Report on vaccination in Madras 1904-1921 - 1904-1921
Year: 1904
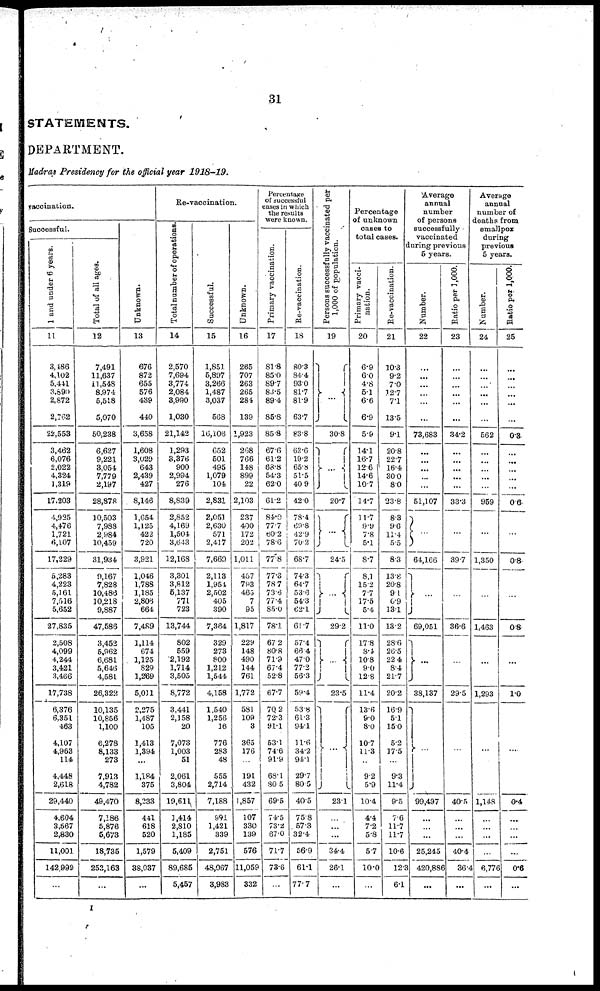
31
STATEMENTS.
DEPARTMENT.
Madras Presidency for the official year 1918-19.
vaccination.
Successful.
1 and under 6 years.
11
3,486
4,102
5,441
3,890
2,872
2,762
22,553
3,462
6,076
2,022
4,324
1,319
17,203
4,925
4,476
1,721
6,107
17,229
5,283
4,223
5,161
7,516
5,652
27,835
2,508
4,099
4,244
3,421
3,466
17,738
6,376
6,351
463
4,107
4,963
114
4,448
2,618
29,440
4,604
3,567
2,830
11,001
142,999
...
Total of all ages.
12
7,491
11,637
11,548
8,974
5,518
5,070
50,238
6,627
9,221
3,054
7,779
2,197
28,878
10,503
7,988
2,984
10,459
31,934
9,167
7,828
10,486
10,218
9,887
47,586
3,452
5,962
6,681
5,646
4,581
26,322
10,135
10,856
1,100
6,278
8,133
273
7,913
4,782
49,470
7,186
5,876
5,673
18,735
253,163
...
Unknown.
13
676
872
655
576
439
440
3,658
1,608
3,029
643
2,439
427
8,146
1,654
1,125
422
720
3,921
1,046
1,788
1,185
2,806
664
7,489
1,114
674
1,125
829
1,269
5,011
2,275
1,487
105
1,413
1,394
...
1,184
375
8,233
441
618
520
1,579
38,037
...
Re-vaccination.
Total number of operations.
14
2,570
7,694
3,774
2,084
3,990
1,030
21,142
1,293
3,376
900
2,994
276
8,839
2,852
4,169
1,504
3,643
12,168
3,301
3,812
5,137
771
723
13,744
802
559
2,192
1,714
3,505
8,772
3,441
2,158
20
7,073
1,003
51
2,061
3,804
19,611
1,414
2,810
1,185
5,409
89,685
5,457
Successful.
15
1,851
5,897
3,266
1,487
3,037
568
16,106
652
501
495
1,079
104
2,831
2,051
2,630
571
2,417
7,669
2,113
1,954
2,502
405
390
7,364
329
273
800
1,212
1,544
4,158
1,540
1,256
16
776
283
48
555
2,714
7,188
991
1,421
339
2,751
48,067
3,983
Unknown.
16
265
707
263
265
284
139
1,923
268
766
148
899
22
2,103
237
400
172
202
1,011
457
793
465
7
95
1,817
229
148
490
144
761
1,772
581
109
3
365
176
...
191
432
1,857
107
330
139
576
11,059
332
Percentage
of successful
cases in which
the results
were known.
Primary vaccination.
17
81.8
85.0
89.7
83.5
89.4
85.8
85.8
67.6
61.2
83.8
54.3
62.0
61.2
84.0
77.7
60.2
78.6
77.8
77.3
78.7
73.6
77.4
85.0
78.1
67.2
80.8
71.9
67.4
52.8
67.7
70.2
72.3
91.1
53.1
74.6
91.9
68.1
80.5
69.5
74.5
73.2
67.0
71.7
73.6
...
Re-vaccination.
18
80.3
84.4
93.0
81.7
81.9
63.7
83.8
63.6
19.2
65.8
51.5
40.9
42.0
78.4
69.8
42.9
70.2
68.7
74.3
64.7
53.6
54.3
62.1
61.7
57.4
66.4
47.0
77.2
56.3
59.4
53.8
61.3
94.1
11.6
34.2
94.1
29.7
80.5
40.5
75.8
57.3
32.4
56.9
61.1
77.7
Persons successfully vaccinated per
1,000 of population.
19
...
30.8
...
20.7
...
24.5
...
...
...
...
...
29.2
...
23.5
...
23.1
...
...
...
34.4
26.1
...
Percentage
of unknown
cases to
total cases.
Primary vacci-
nation.
20
6.9
60
4.8
5.1
6.6
6.9
5.9
14.1
16.7
12.6
14.6
10.7
14.7
11.7
9.9
7.8
5.1
8.7
8.1
15.2
7.7
17.5
5.4
11.0
17.8
8.4
10.8
90
12.8
11.4
13.6
9.0
8.0
10.7
11.3
...
9.2
5.9
10.4
4.4
7.2
5.8
5.7
10.0
...
Re-vaccination.
21
10.3
9.2
7.0
12.7
7.1
13.5
9.1
20.8
22.7
16.4
30.0
8.0
23.8
8.3
9.6
11.4
5.5
8.3
13.8
20.8
9.1
0.9
13.1
13.2
28.6
26.5
22.4
8.4
21.7
20.2
16.9
5.1
15.0
5.2
17.5
...
9.3
11.4
9.5
7.6
11.7
11.7
10.6
12.3
6.1
Average
annual
number
of persons
successfully
vaccinated
during previous
5 years.
Number.
22
...
...
...
...
...
...
73,683
...
...
...
...
...
51,107
...
64,166
...
69,051
...
38,137
...
99,497
...
...
...
25,245
420,886
...
Ratio per 1,000.
23
...
...
...
...
...
...
34.2
...
...
...
...
...
33.3
...
39.7
...
36.6
...
29.5
...
40.5
...
...
...
40.4
36.4
...
Average
annual
number of
deaths from
smallpox
during
previous
5 years.
Number.
24
...
...
...
...
...
...
562
...
...
...
...
...
969
...
1,350
...
1,463
...
1,293
...
1,148
...
...
...
...
6,776
...
Ratio per 1,000.
25
...
...
...
...
...
...
0.3
...
...
...
...
...
0.6
...
0.8
...
0.8
...
1.0
...
0.4
...
...
...
...
0.6
...
I